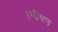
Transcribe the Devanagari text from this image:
।भीषण